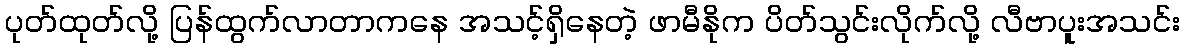
ပုတ်ထုတ်လို့ ပြန်ထွက်လာတာကနေ အသင့်ရှိနေတဲ့ ဖာမီနိုက ပိတ်သွင်းလိုက်လို့ လီဗာပူးအသင်း